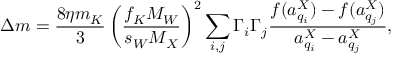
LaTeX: \Delta m = \frac { 8 \eta m _ { K } } { 3 } \left( \frac { f _ { K } M _ { W } } { s _ { W } M _ { X } } \right) ^ { 2 } \sum _ { i , j } \Gamma _ { i } \Gamma _ { j } \frac { f ( a _ { q _ { i } } ^ { X } ) - f ( a _ { q _ { j } } ^ { X } ) } { a _ { q _ { i } } ^ { X } - a _ { q _ { j } } ^ { X } } ,